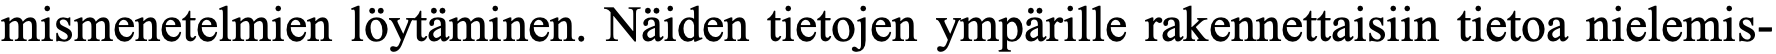
mismenetelmien löytäminen. Näiden tietojen ympärille rakennettaisiin tietoa nielemis-